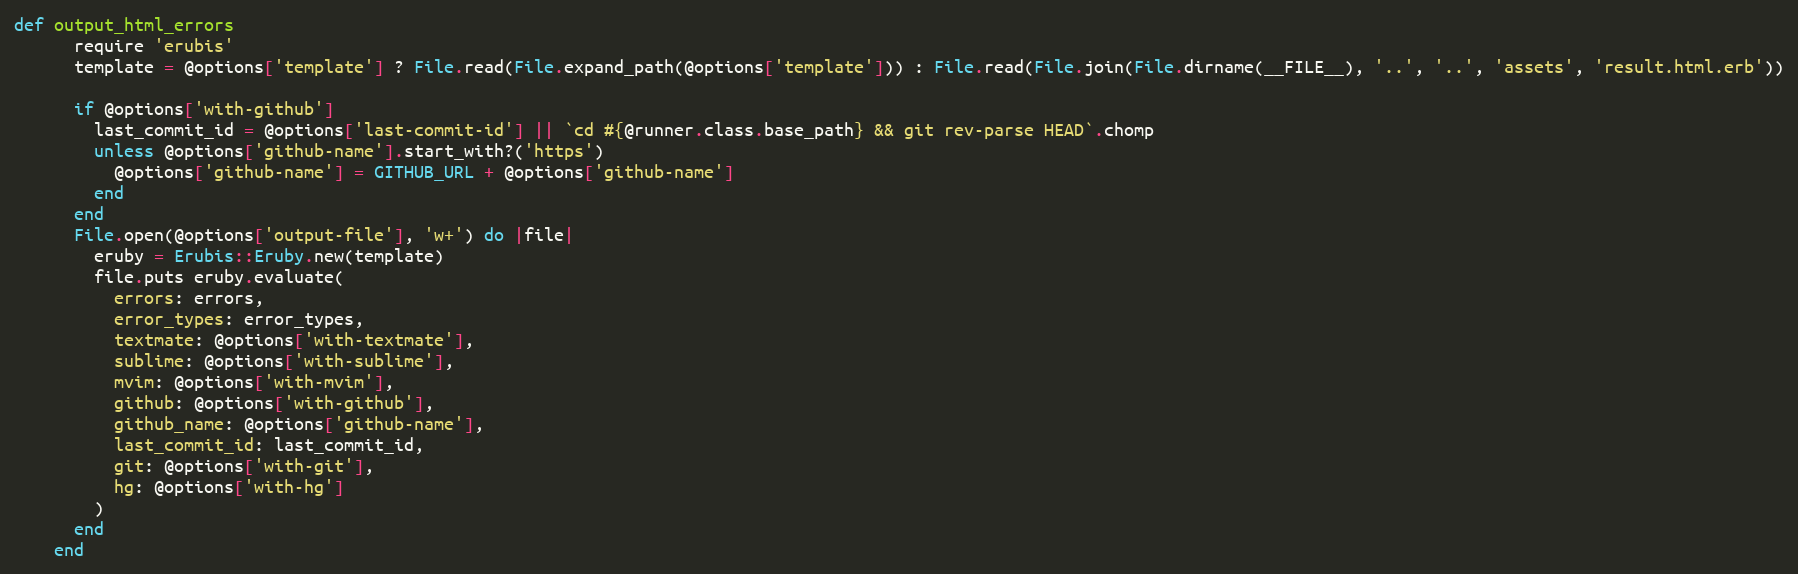
Language: Ruby
def output_html_errors
      require 'erubis'
      template = @options['template'] ? File.read(File.expand_path(@options['template'])) : File.read(File.join(File.dirname(__FILE__), '..', '..', 'assets', 'result.html.erb'))

      if @options['with-github']
        last_commit_id = @options['last-commit-id'] || `cd #{@runner.class.base_path} && git rev-parse HEAD`.chomp
        unless @options['github-name'].start_with?('https')
          @options['github-name'] = GITHUB_URL + @options['github-name']
        end
      end
      File.open(@options['output-file'], 'w+') do |file|
        eruby = Erubis::Eruby.new(template)
        file.puts eruby.evaluate(
          errors: errors,
          error_types: error_types,
          textmate: @options['with-textmate'],
          sublime: @options['with-sublime'],
          mvim: @options['with-mvim'],
          github: @options['with-github'],
          github_name: @options['github-name'],
          last_commit_id: last_commit_id,
          git: @options['with-git'],
          hg: @options['with-hg']
        )
      end
    end